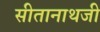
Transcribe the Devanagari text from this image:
सीतानाथजी